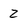
Character: 2